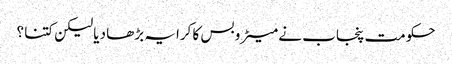
حکومت پنجاب نے میٹرو بس کا کرایہ بڑھا دیا لیکن کتنا ؟